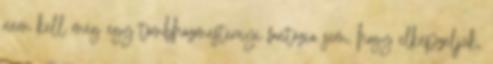
nem kell még egy tömbházmesternyi fantázia sem, hogy elképzeljük,